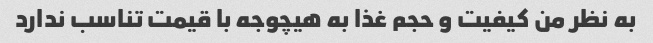
به نظر من کیفیت و حجم غذا به هیچوجه با قیمت تناسب ندارد